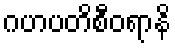
ဂဟပတိစီဝရာနိ